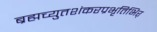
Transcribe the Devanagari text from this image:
ब्रह्मच्युतशंकरप्रभृतिभिर्‌